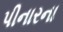
પીનારના